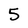
Character: 5